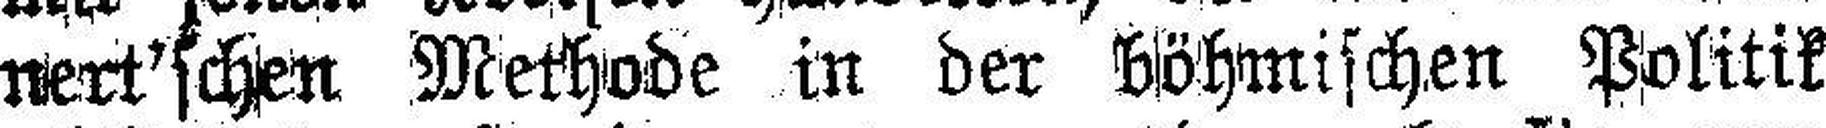
nert'schen Methode in der böhmischen Politik